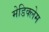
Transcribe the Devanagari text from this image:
मेडिक्लेम